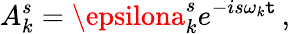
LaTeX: A_{k}^{s}=\epsilona_{k}^{s}e^{-is\omega_{k}\mathtt{t}}\, ,